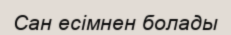
Сан есімнен болады